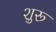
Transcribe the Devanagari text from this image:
शुरू